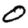
Digit: 0